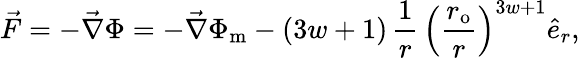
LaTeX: \vec{F}=-\vec{\nabla}\Phi=-\vec{\nabla}\Phi_{\mathrm{m}}-(3w+1)\, \frac{1}{r}\, \left(\frac{r_{\mathrm{{o}}}}{r}\right)^{3w+1}\hat{e}_{r},